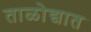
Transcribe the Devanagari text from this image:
ताळोद्यात